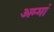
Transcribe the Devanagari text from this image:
अम्‍मां